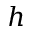
h